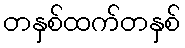
တနှစ်ထက်တနှစ်